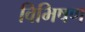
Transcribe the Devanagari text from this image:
विभिषण